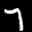
Label: 7